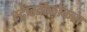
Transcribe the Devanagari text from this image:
स्ट्रेप्स्टोकॉकस